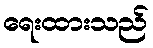
ရေးထားသည်